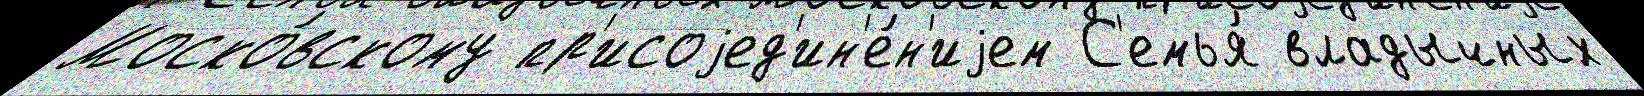
Моско́вскому пр'исоjед'ин'е́н'иjем С'емья́ владычных